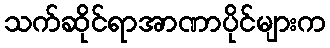
သက်ဆိုင်ရာအာဏာပိုင်များက